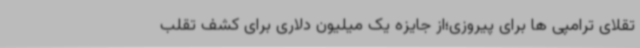
تقلای ترامپی ها برای پیروزی؛از جایزه یک میلیون دلاری برای کشف تقلب